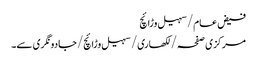
فیض عام/سہیل وڑائچ
مرکزی صفحہ/ لکھاری/ سہیل وڑائچ/جادو نگری سے۔